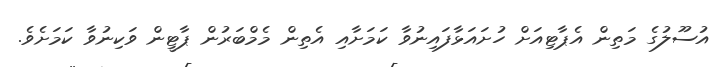
އުސޫލުގެ މަތިން އެޕާޓިއަށް ހުށައަޅާފައިނުވާ ކަމަށާއި އެތިން މެމްބަރުން ޕާޓީން ވަކިނުވާ ކަމަށެވެ.